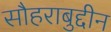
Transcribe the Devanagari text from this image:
सौहराबुद्दीन